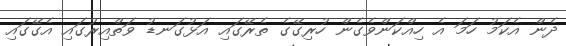
ދެން އެކަމު ހަމަ އެ ހިއްކަންވެގެން ހުރިގޭގެ ތެރޭގައި އަޅުގަނޑު ވަތްއިރުގައި އެގޭގައި